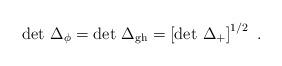
LaTeX: \begin{align*}\det \, \Delta_{\phi} = \det \, \Delta_{\rm gh}= \left[ \det \, \Delta_+ \right]^{1/2}\ .\end{align*}